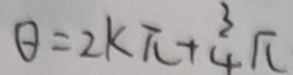
\theta = 2 k \pi + \frac { 3 } { 4 } \pi